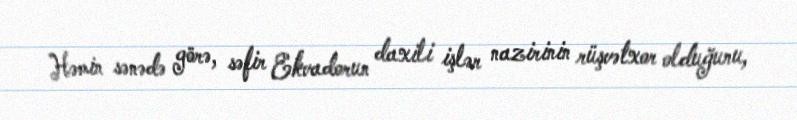
Həmin sənədə görə, səfir Ekvadorun daxili işlər nazirinin rüşvətxor olduğunu,